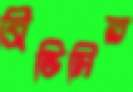
ব্রিন্ডিসির